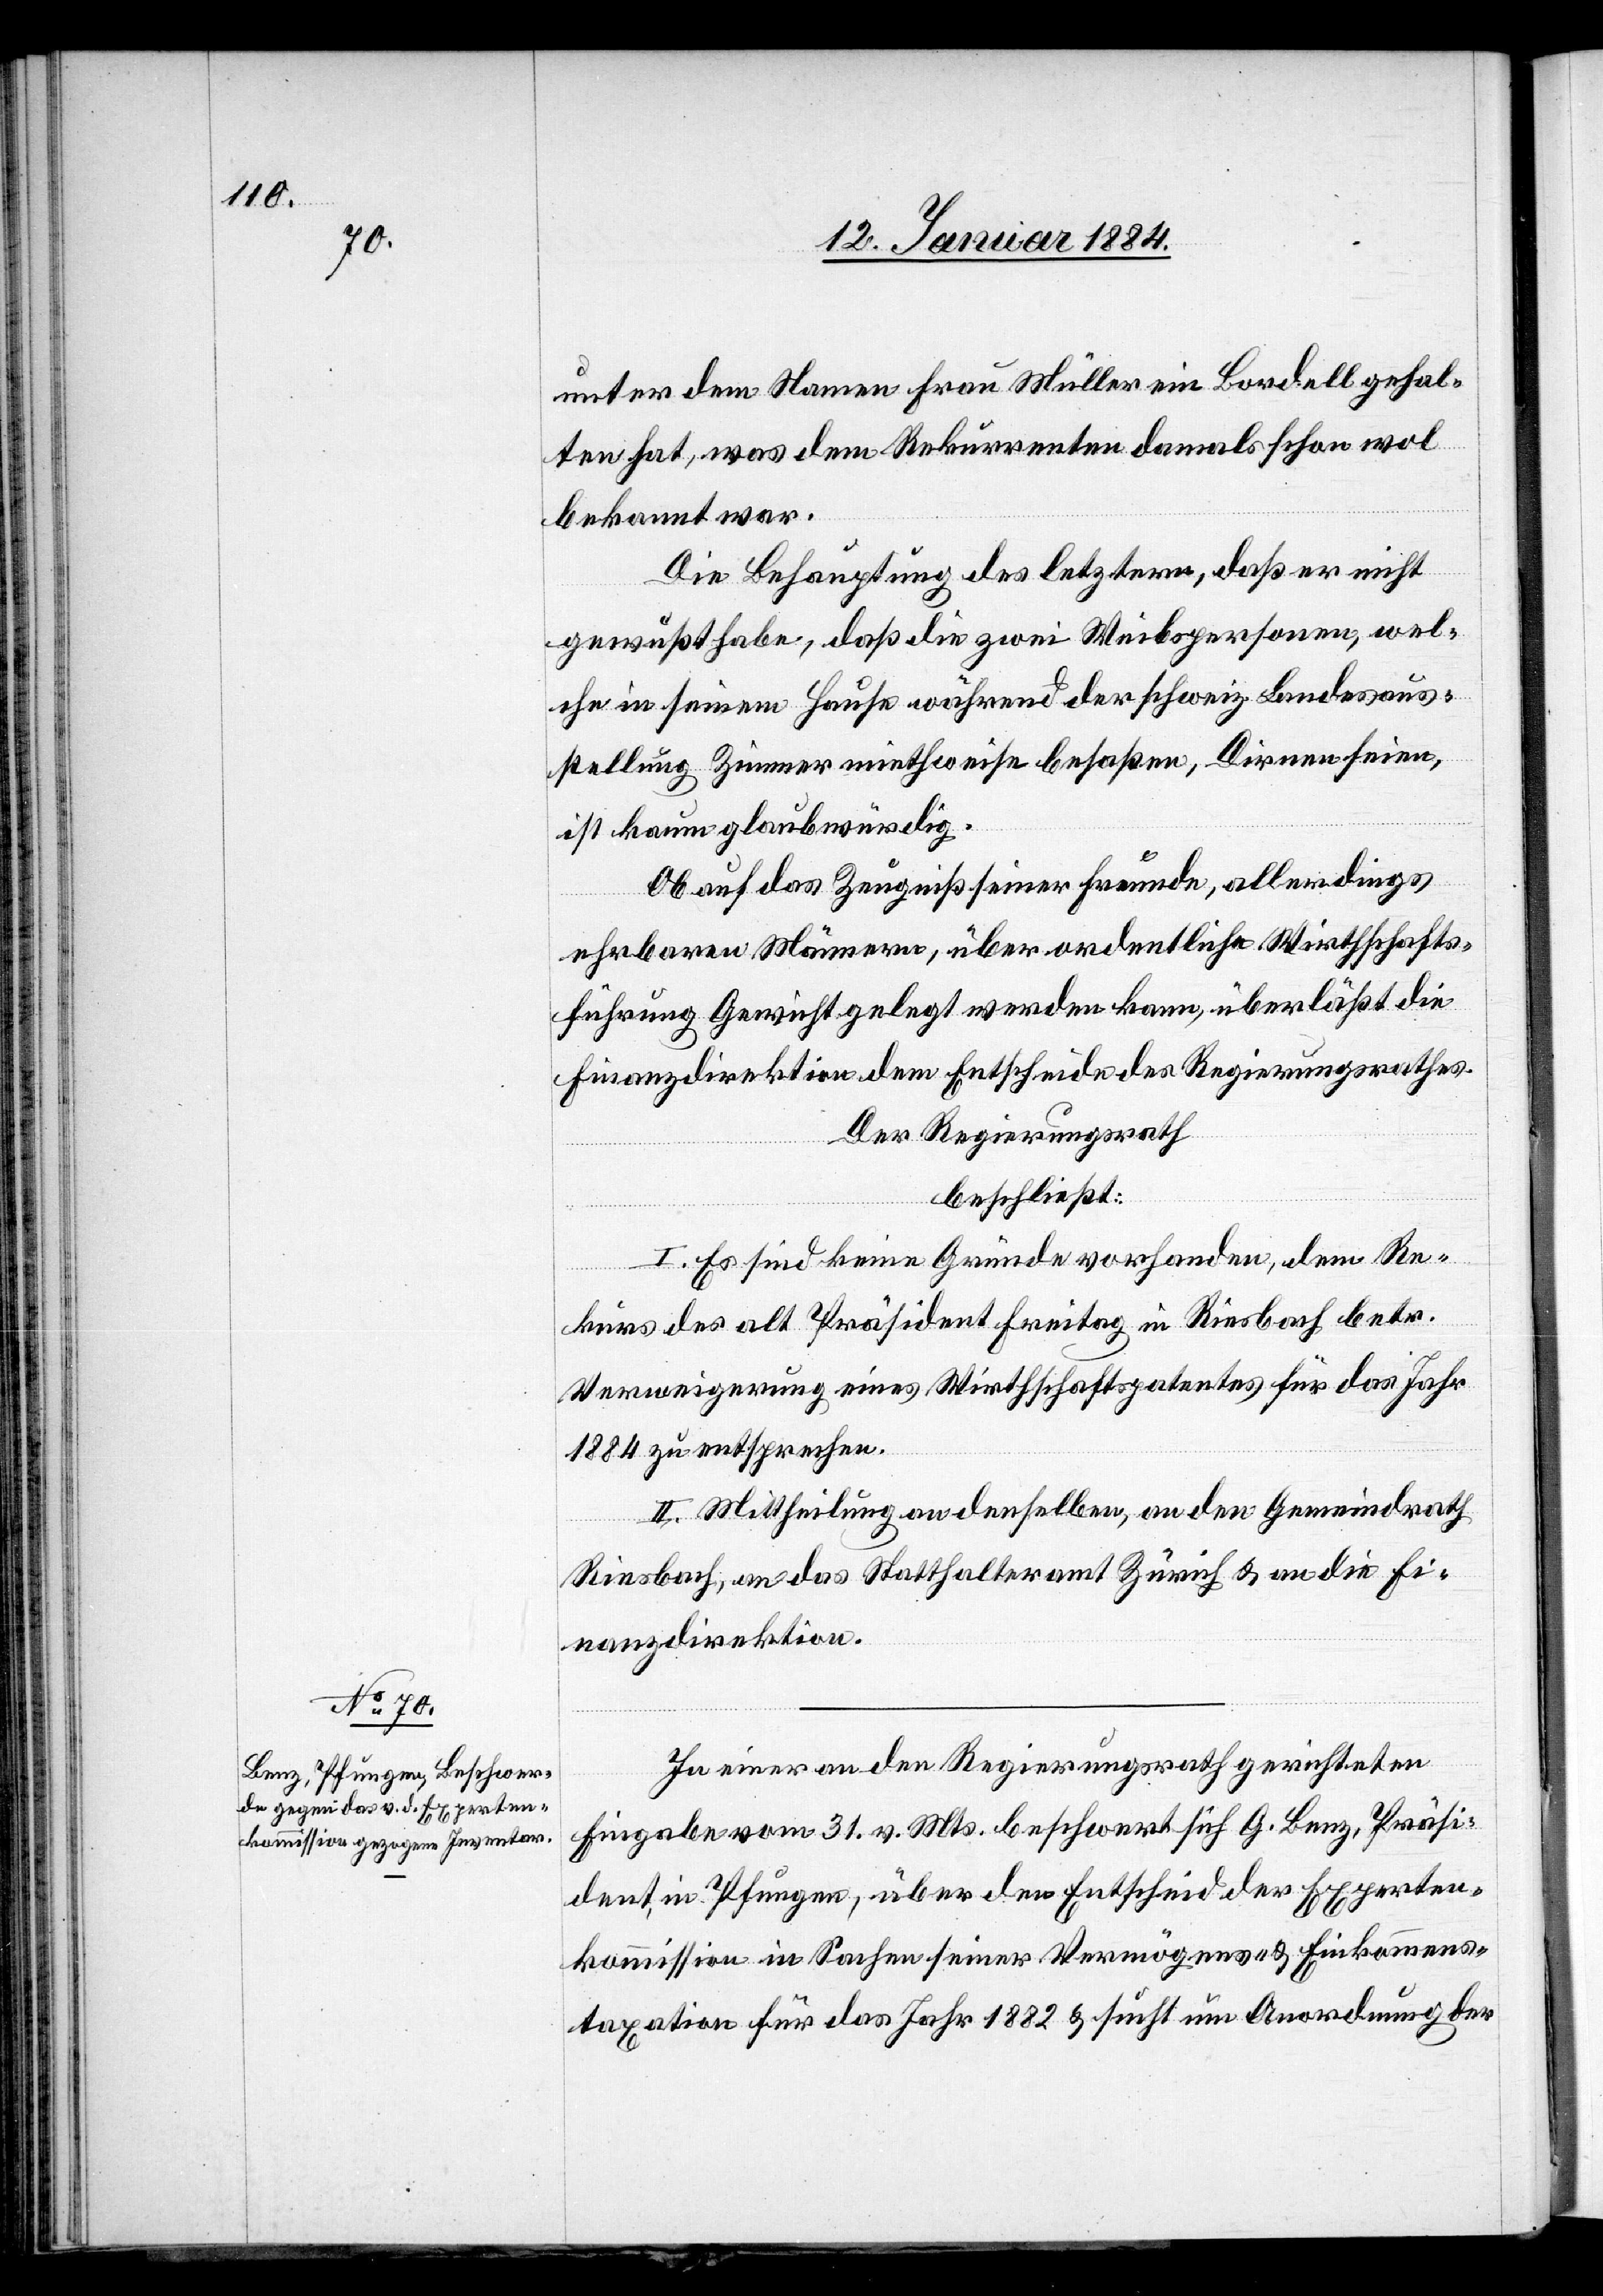
unter dem Namen Frau Müller ein Bordell gehal¬
ten hat, was dem Rekurrenten damals schon wol
bekannt war.
Die Behauptung des letztern, daß er nicht
gewußt habe, daß die zwei Weibspersonen, wel¬
che in seinem Hause während der schweiz. Bundesaus¬
stellung Zimmer miethweise besaßen, Dirnen seien,
ist kaum glaubwürdig.
Ob auf das Zeugniß seiner Freunde, allerdings
ehrbaren Männern, über ordentliche Wirtschafts¬
führung Gewicht gelegt werden kann, überläßt die
Finanzdirektion dem Entscheide des Regierungsrathes.
Der Regierungsrath
beschließt:
I. Es sind keine Gründe vorhanden, dem Re¬
kurs des alt Präsident Freitag in Riesbach betr.
Verweigerung eines Wirtschaftspatents für das Jahr
1884 zu entsprechen.
II. Mittheilung an denselben, an den Gemeindrath
Riesbach, an das Statthalteramt Zürich & an die Fi¬
nanzdirektion.
In einer an den Regierungsrath gerichteten
Eingabe vom 31. v. Mts. beschwert sich G. Benz, Präsi¬
dent, in Pfungen, über den Entscheid der Experten¬
kommission in Sachen seiner Vermögens- & Einkommens¬
taxation für das Jahr 1882 & sucht um Anordnung der